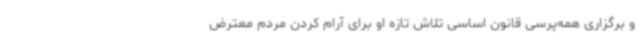
و برگزاری همه‌پرسی قانون اساسی تلاش تازه او برای آرام کردن مردم معترض